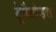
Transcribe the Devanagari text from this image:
ट्रेमैटोड्स